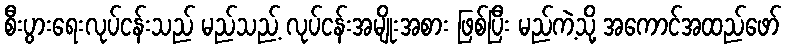
စီးပွားရေးလုပ်ငန်းသည် မည်သည့် လုပ်ငန်းအမျိုးအစား ဖြစ်ပြီး မည်ကဲ့သို့ အကောင်အထည်ဖော်